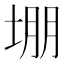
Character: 堋